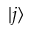
| j \rangle